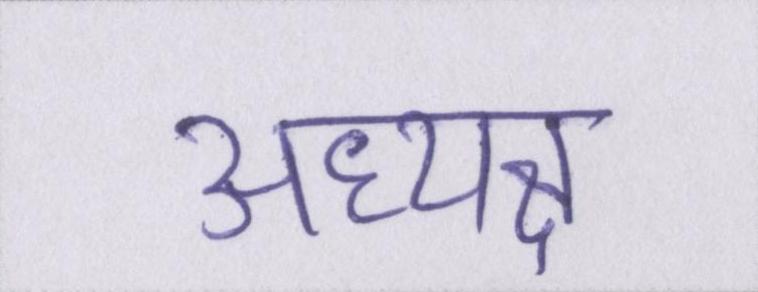
अध्यक्ष